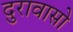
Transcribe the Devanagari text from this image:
दुरावासो